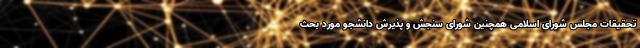
تحقیقات مجلس شورای اسلامی همچنین شورای سنجش و پذیرش دانشجو مورد بحث